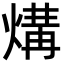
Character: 煹